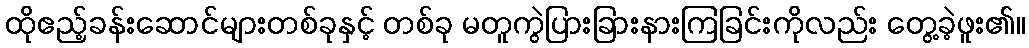
ထိုဧည့်ခန်းဆောင်များတစ်ခုနှင့် တစ်ခု မတူကွဲပြားခြားနားကြခြင်းကိုလည်း တွေ့ခဲ့ဖူး၏။